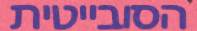
הסובייטית